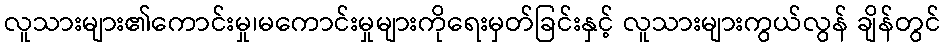
လူသားများ၏ကောင်းမှု၊မကောင်းမှုများကိုရေးမှတ်ခြင်းနှင့် လူသားများကွယ်လွန် ချိန်တွင်